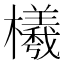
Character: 㰕